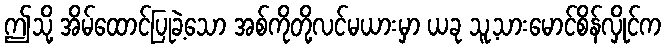
ဤသို့ အိမ်ထောင်ပြုခဲ့သော အစ်ကိုတို့လင်မယားမှာ ယခု သူ့သားမောင်စိန်လှိုင်က